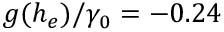
g ( h _ { e } ) / \gamma _ { 0 } = - 0 . 2 4